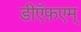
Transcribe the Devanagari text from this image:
डीऍफ़एम्